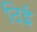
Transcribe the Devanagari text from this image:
दिई